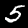
Label: 5